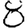
Digit: 8